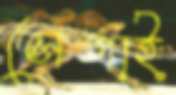
সেপাই